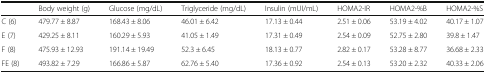
<table><thead><tr><td></td><td><b>Body weight (g)</b></td><td><b>Glucose (mg/dL)</b></td><td><b>Triglyceride (mg/dL)</b></td><td><b>Insulin (mUI/mL)</b></td><td><b>HOMA2-IR</b></td><td><b>HOMA2-%B</b></td><td><b>HOMA2-%S</b></td></tr></thead><tbody><tr><td>C (6)</td><td>479.77 ± 8.87</td><td>168.43 ± 8.06</td><td>46.01 ± 6.42</td><td>17.13 ± 0.44</td><td>2.51 ± 0.06</td><td>53.19 ± 4.02</td><td>40.17 ± 1.07</td></tr><tr><td>E (7)</td><td>429.25 ± 8.11</td><td>160.29 ± 5.93</td><td>41.05 ± 1.49</td><td>17.31 ± 0.49</td><td>2.54 ± 0.09</td><td>52.75 ± 2.80</td><td>39.8 ± 1.47</td></tr><tr><td>F (8)</td><td>475.93 ± 12.93</td><td>191.14 ± 19.49</td><td>52.3 ± 6.45</td><td>18.13 ± 0.77</td><td>2.82 ± 0.17</td><td>53.28 ± 8.77</td><td>36.68 ± 2.33</td></tr><tr><td>FE (8)</td><td>493.82 ± 7.29</td><td>166.86 ± 5.87</td><td>62.76 ± 5.40</td><td>17.36 ± 0.92</td><td>2.54 ± 0.13</td><td>53.20 ± 2.32</td><td>40.33 ± 2.06</td></tr></tbody></table>